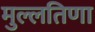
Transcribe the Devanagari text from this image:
मुल्लतिणा